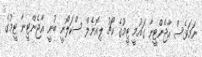
ނަމަވެސް އާޖެންޓީނާ ގައުމީ ޓީމުގެ ކޯޗު ލިއޮނެލް ސްކަލޯނީ ބުނީ އާޖެންޓީނާ ޓީމުގެ